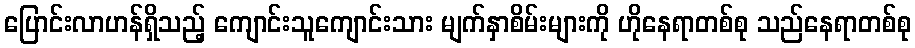
ပြောင်းလာဟန်ရှိသည့် ကျောင်းသူကျောင်းသား မျက်နှာစိမ်းများကို ဟိုနေရာတစ်စု သည်နေရာတစ်စု